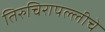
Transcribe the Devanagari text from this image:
तिरुचिरापल्लीचे